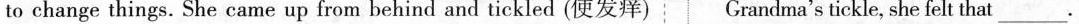
to change things. She came up from behind and tickled (使发痒) Grandma's tickle, she felt that___.